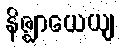
နိဇ္ဈာယေယျ